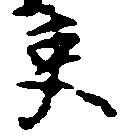
吏